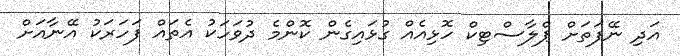
އަދި ނޭފަތަށް ޕްލާސްޓިކް ހޮޅިއެއް ގުޅައިގެން ކޮންމެ ދުވަހަކު އެތައް ފަހަރަކު އޭނާއަށް